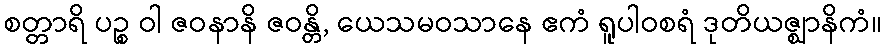
စတ္တာရိ ပဉ္စ ဝါ ဇဝနာနိ ဇဝန္တိ, ယေသမဝသာနေ ဧကံ ရူပါဝစရံ ဒုတိယဇ္ဈာနိကံ။